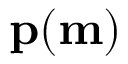
\mathbf { p } ( \mathbf { m } )